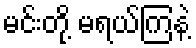
မင်းတို့ မရယ်ကြနဲ့